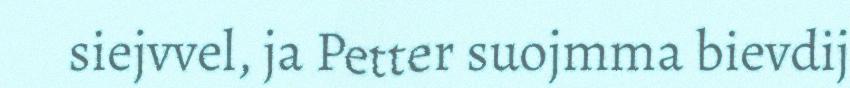
siejvvel, ja Petter suojmma bievdij